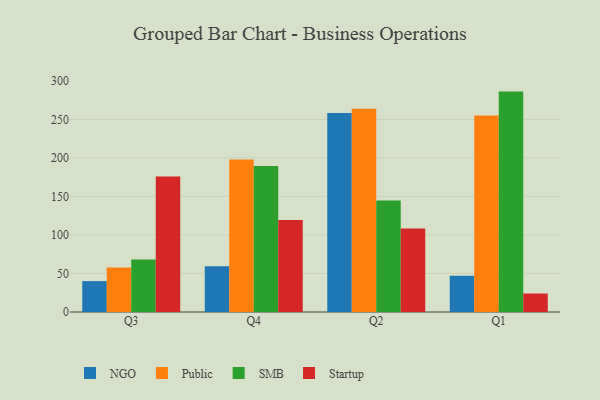
{"axis": {"x": "Quarter", "y": "Headcount"}, "legend": ["NGO", "Public", "SMB", "Startup"], "data": [{"x": "Q3", "y": 40.1, "type": "NGO"}, {"x": "Q3", "y": 57.8, "type": "Public"}, {"x": "Q3", "y": 68.2, "type": "SMB"}, {"x": "Q3", "y": 175.8, "type": "Startup"}, {"x": "Q4", "y": 59.5, "type": "NGO"}, {"x": "Q4", "y": 198.0, "type": "Public"}, {"x": "Q4", "y": 189.4, "type": "SMB"}, {"x": "Q4", "y": 119.5, "type": "Startup"}, {"x": "Q2", "y": 258.3, "type": "NGO"}, {"x": "Q2", "y": 263.9, "type": "Public"}, {"x": "Q2", "y": 144.7, "type": "SMB"}, {"x": "Q2", "y": 108.2, "type": "Startup"}, {"x": "Q1", "y": 47.2, "type": "NGO"}, {"x": "Q1", "y": 254.9, "type": "Public"}, {"x": "Q1", "y": 286.0, "type": "SMB"}, {"x": "Q1", "y": 24.0, "type": "Startup"}]}